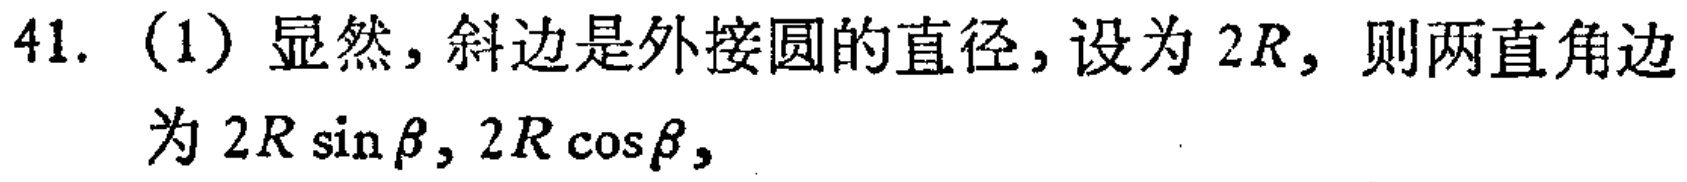
41. （1）显然，斜边是外接圆的直径，设为 \(2R\)，则两直角边为 \(2R\sin\beta,2R\cos\beta\)，